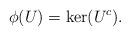
LaTeX: \begin{align*}\phi ( U ) = \ker(U^c).\end{align*}